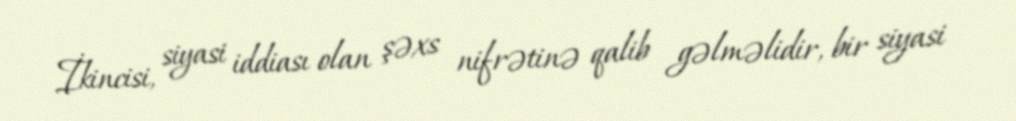
İkincisi, siyasi iddiası olan şəxs nifrətinə qalib gəlməlidir, bir siyasi